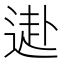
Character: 𨕍